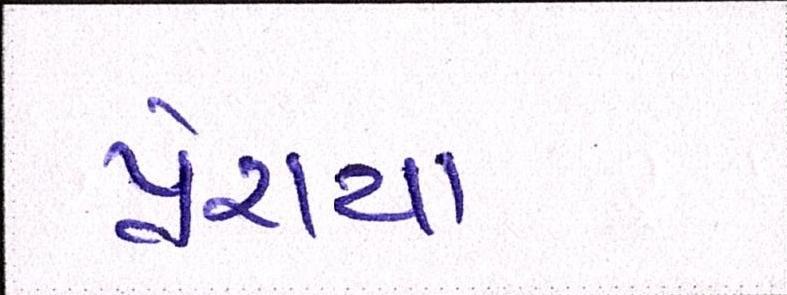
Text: પ્રેરાયા